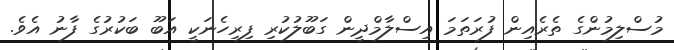
މުސްލިމުންގެ ތެރެއިން ފުރަތަމަ އިސްލާމްދީން ގަބޫލުކުރި ފިރިހެނަކީ އަބޫ ބަކުރުގެ ފާނު އެވެ.